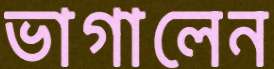
ভাগালেন